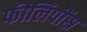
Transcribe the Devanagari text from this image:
फीलिपींस